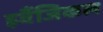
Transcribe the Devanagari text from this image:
इवैंजिकल